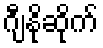
ဂျီနိုဆိုက်